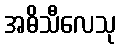
အဓိသီလေသု